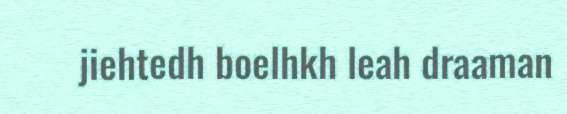
jiehtedh boelhkh leah draaman